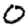
Digit: 0